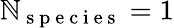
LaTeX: \mathbb{N}_{\mathrm{{~s~p~e~c~i~e~s~}}}=1